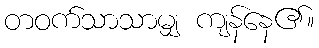
တဝက်သာသာမျှ ကျန်နေ၏။